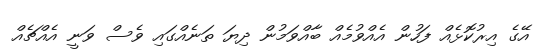
އޭގެ އިރުކޮޅެއް ފަހުން އެއްވުމެއް ބާއްވަމުން ދިޔަ ތަނެއްގައި ވެސް ވަނީ އެއްޗެއް